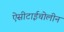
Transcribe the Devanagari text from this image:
ऐसीटाईचोलीन